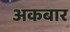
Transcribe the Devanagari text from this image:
अकबार